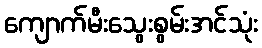
ကျောက်မီးသွေးစွမ်းအင်သုံး